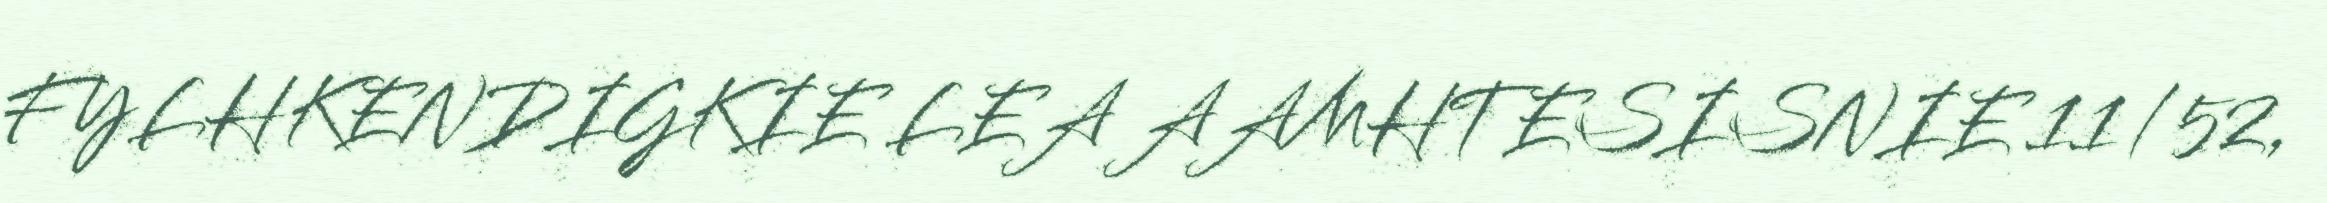
FYLHKENDIGKIE LEA AAMHTESISNIE 11/52,